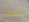
كنت